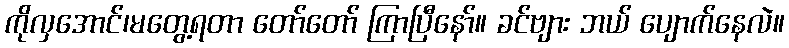
ကိုလှအောင်၊မတွေ့ရတာ တော်တော် ကြာပြီနော်။ ခင်ဗျား ဘယ် ပျောက်နေလဲ။